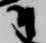
尉